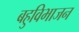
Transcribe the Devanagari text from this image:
बहुविभाजन